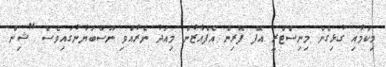
މިކަމާއި ގުޅިގެން މިނިސްޓްރީ އޮފް ފޮރިން އެފެއާޒުން މިއަދު ނެރުއްވި ނޫސްބަޔާނުގައިވެސް "ޝިން